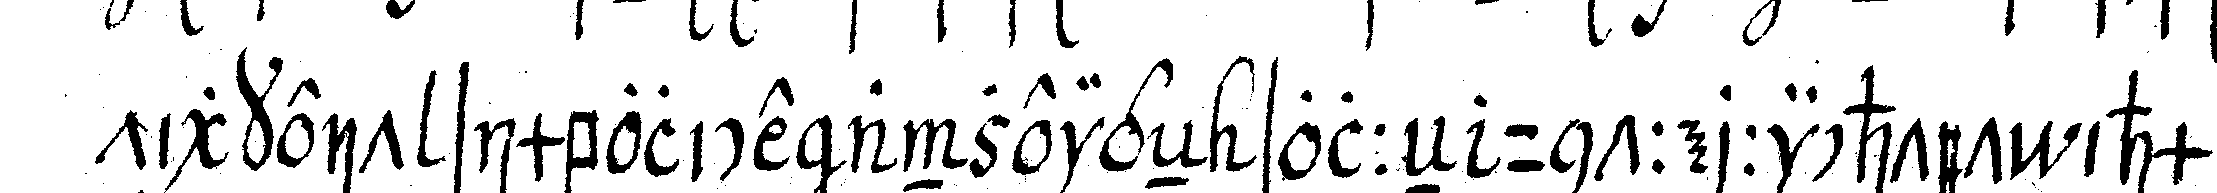
tigkeit simbolice anzeigeN solleN untterrichtet ihm